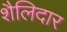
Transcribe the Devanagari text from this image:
शैलिदार